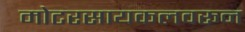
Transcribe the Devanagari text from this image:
मोटरसायकलवरून